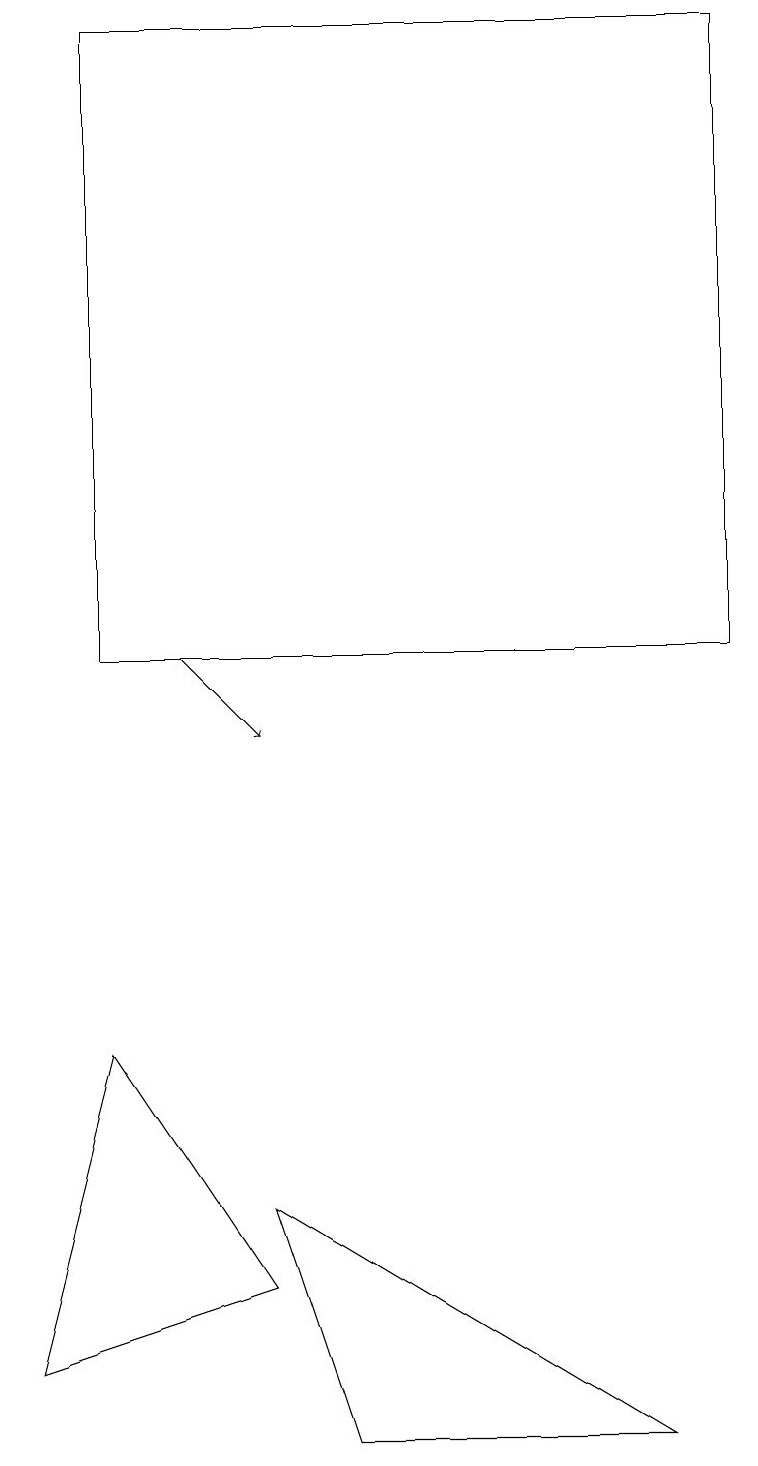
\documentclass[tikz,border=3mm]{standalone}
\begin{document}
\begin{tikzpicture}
\draw (0,2) -- (1,6) -- (3,3) -- cycle;
\draw (1,19) rectangle (9,11);
\draw (3,4) -- (4,1) -- (8,1) -- cycle;
\draw[->] (2,11) -- (3,10);
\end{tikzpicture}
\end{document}